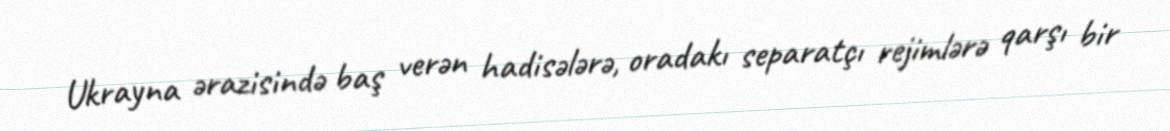
Ukrayna ərazisində baş verən hadisələrə, oradakı separatçı rejimlərə qarşı bir